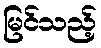
မြင်သည့်